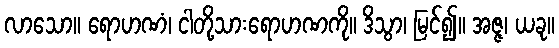
လာသော။ ရောဟဏံ၊ ငါတို့သားရောဟဏကို။ ဒိသွာ၊ မြင်၍။ အဇ္ဇ၊ ယခု။